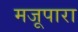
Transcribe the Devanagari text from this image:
मजूपारा